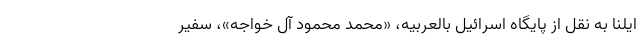
ایلنا به نقل از پایگاه اسرائیل بالعربیه، «محمد محمود آل خواجه»، سفیر